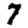
Digit: 7